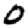
Digit: 0